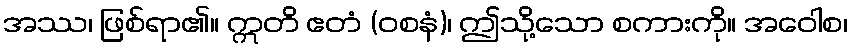
အဿ၊ ဖြစ်ရာ၏။ ဣတိ ဧတံ (ဝစနံ)၊ ဤသို့သော စကားကို။ အဝေါစ၊